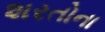
શરતોના